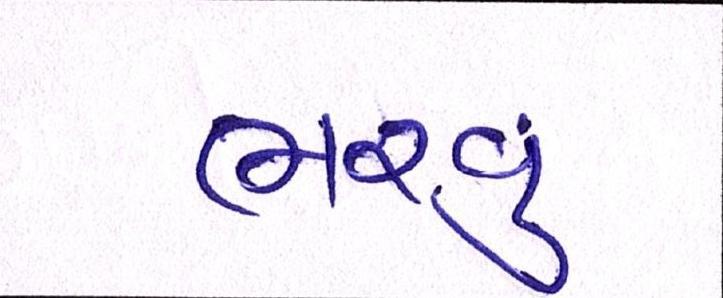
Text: ભરવું